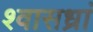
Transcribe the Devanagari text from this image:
श्वासध्रां